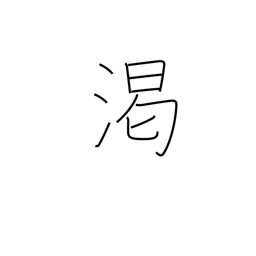
Meaning: dry up